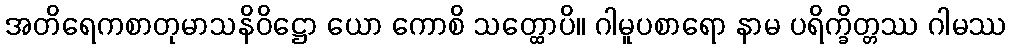
အတိရေကစာတုမာသနိဝိဋ္ဌော ယော ကောစိ သတ္ထောပိ။ ဂါမူပစာရော နာမ ပရိက္ခိတ္တဿ ဂါမဿ